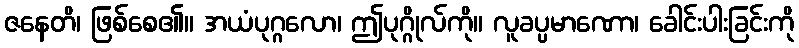
ဇနေတိ၊ ဖြစ်စေ၏။ အယံပုဂ္ဂလော၊ ဤပုဂ္ဂိုလ်ကို။ လူခပ္ပမာဏော၊ ခေါင်းပါးခြင်းကို